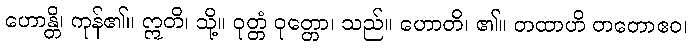
ဟောန္တိ၊ ကုန်၏။ ဣတိ၊ သို့။ ဝုတ္တံ ဝုတ္တော၊ သည်။ ဟောတိ၊ ၏။ တထာဟိ တတောဧဝ၊